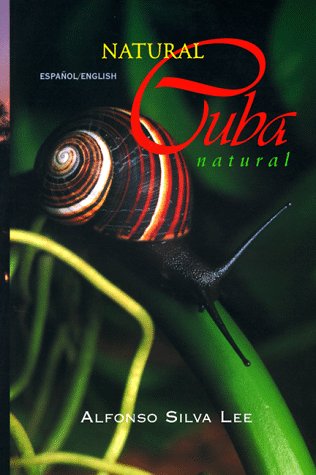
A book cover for Natural Cuba / Cuba natural; Alfonso Silva Lee; Travel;